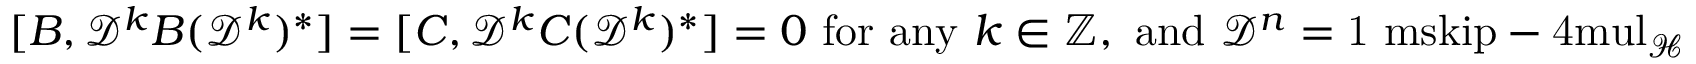
[ B , \mathcal { D } ^ { k } B ( \mathcal { D } ^ { k } ) ^ { * } ] = [ C , \mathcal { D } ^ { k } C ( \mathcal { D } ^ { k } ) ^ { * } ] = 0 \mathrm { ~ f o r ~ a n y ~ } k \in { \mathord { \mathbb Z } } , \mathrm { ~ a n d ~ } \mathcal { D } ^ { n } = { \mathchoice { \mathrm { 1 \ m s k i p - 4 m u l } } { \mathrm { 1 \ m s k i p - 4 m u l } } { \mathrm { 1 \ m s k i p - 4 . 5 m u l } } { \mathrm { 1 \ m s k i p - 5 m u l } } } _ { \mathcal { H } }